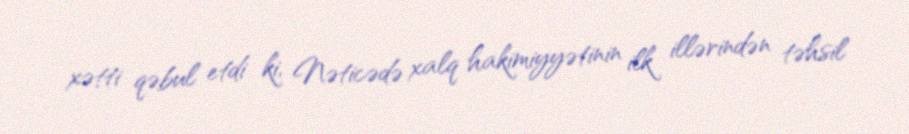
xətti qəbul etdi ki, Nəticədə xalq hakimiyyətinin ilk illərindən təhsil